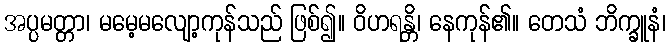
အပ္ပမတ္တာ၊ မမေ့မလျော့ကုန်သည် ဖြစ်၍။ ဝိဟရန္တိ၊ နေကုန်၏။ တေသံ ဘိက္ခူနံ၊